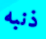
ذنبه